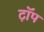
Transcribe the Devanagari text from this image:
ट़ॉप